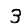
Digit: 3